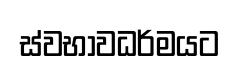
ස්වභාවධර්මයට